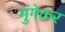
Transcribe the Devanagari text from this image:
मुंगेकर